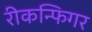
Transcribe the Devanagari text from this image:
रीकन्फिगर